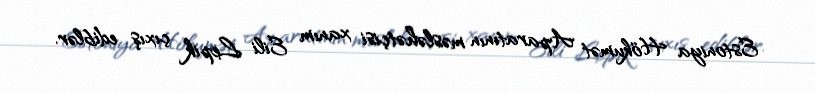
Estoniya Hökumət Aparatının məsləhətçisi xanım Eili Lepik çıxış ediblər.